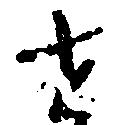
せ